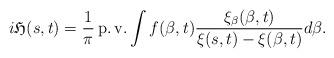
LaTeX: \begin{align*}i\mathfrak{H}(s,t)=\frac {1}{\pi} \operatorname{p.v.} \int f(\beta,t)\frac {\xi_\beta(\beta,t)}{\xi(s,t)-\xi(\beta,t)} d\beta.\end{align*}